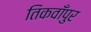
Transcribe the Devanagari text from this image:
तिकवाँपुर